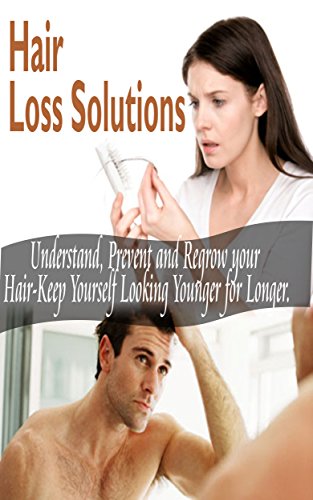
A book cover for Hair Loss Solutions: Understand,Prevent and Regrow your Hair-Keep Yourself Looking Younger for Longer(Hair Loss Treatment and Prevention); Gary M. Toban; Health, Fitness & Dieting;